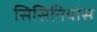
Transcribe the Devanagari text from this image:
सिसिनियोस